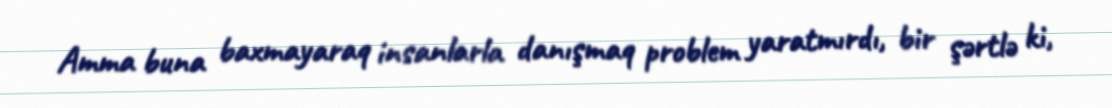
Amma buna baxmayaraq insanlarla danışmaq problem yaratmırdı, bir şərtlə ki,